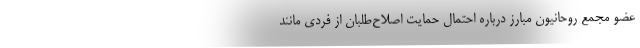
عضو مجمع روحانیون مبارز درباره احتمال حمایت اصلاح‌طلبان از فردی مانند